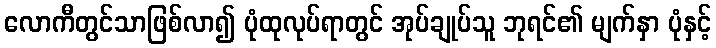
လောကီတွင်သာဖြစ်လာ၍ ပုံထုလုပ်ရာတွင် အုပ်ချုပ်သူ ဘုရင်၏ မျက်နှာ ပုံနှင့်